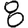
Digit: 8